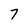
Character: 7